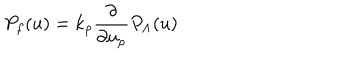
LaTeX: P _ { f } ( u ) = k _ { \rho } { \frac { \partial } { \partial u _ { \rho } } } P _ { \Lambda } ( u )